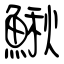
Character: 鰍